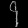
Digit: ၄